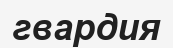
гвардия